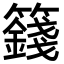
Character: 籛